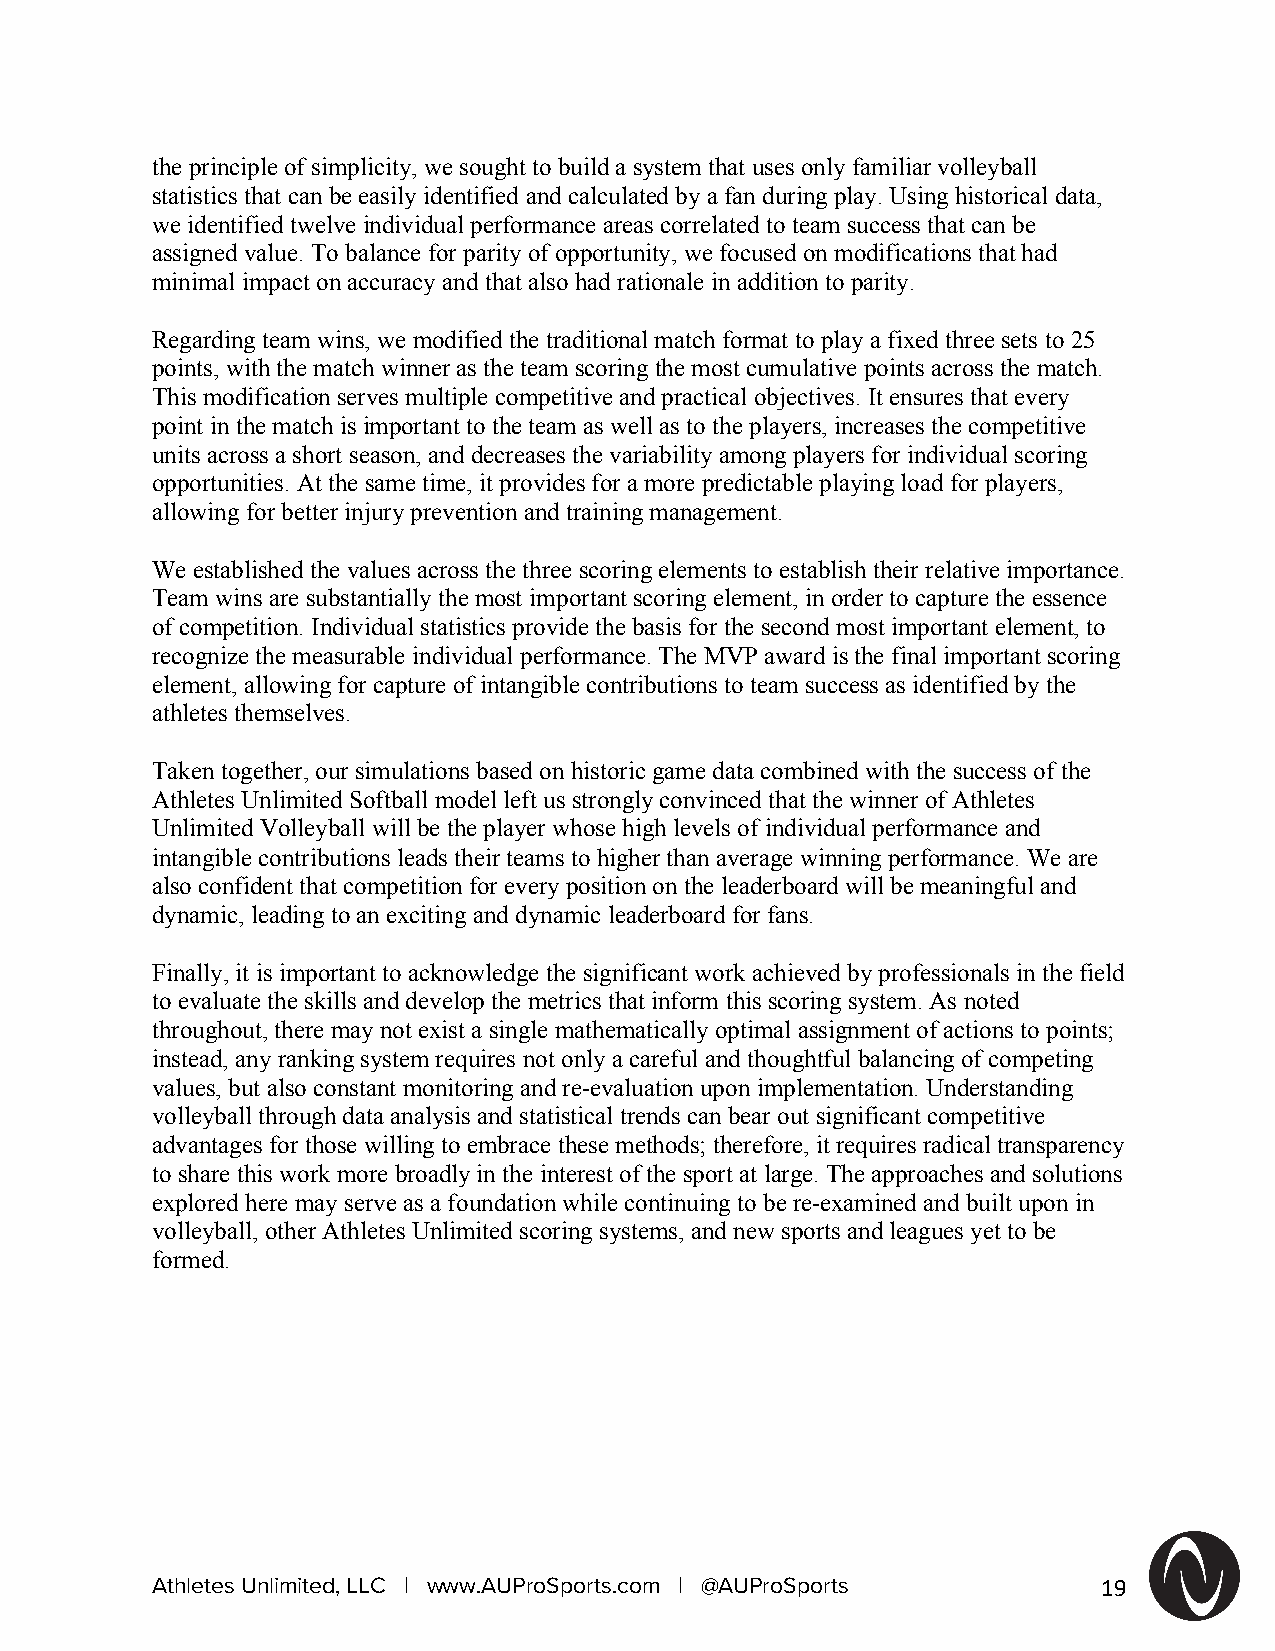
the principle of simplicity, we sought to build a system that uses only familiar volleyball
 statistics that can be easily identified and calculated by a fan during play. Using historical data,
 we identified twelve individual performance areas correlated to team success that can be
 assigned value. To balance for parity of opportunity, we focused on modifications that had
 minimal impact on accuracy and that also had rationale in addition to parity.
 Regarding team wins, we modified the traditional match format to play a fixed three sets to 25
 points, with the match winner as the team scoring the most cumulative points across the match.
 This modification serves multiple competitive and practical objectives. It ensures that every
 point in the match is important to the team as well as to the players, increases the competitive
 units across a short season, and decreases the variability among players for individual scoring
 opportunities. At the same time, it provides for a more predictable playing load for players,
 allowing for better injury prevention and training management.
 We established the values across the three scoring elements to establish their relative importance.
 Team wins are substantially the most important scoring element, in order to capture the essence
 of competition. Individual statistics provide the basis for the second most important element, to
 recognize the measurable individual performance. The MVP award is the final important scoring
 element, allowing for capture of intangible contributions to team success as identified by the
 athletes themselves.
 Taken together, our simulations based on historic game data combined with the success of the
 Athletes Unlimited Softball model left us strongly convinced that the winner of Athletes
 Unlimited Volleyball will be the player whose high levels of individual performance and
 intangible contributions leads their teams to higher than average winning performance. We are
 also confident that competition for every position on the leaderboard will be meaningful and
 dynamic, leading to an exciting and dynamic leaderboard for fans.
 Finally, it is important to acknowledge the significant work achieved by professionals in the field
 to evaluate the skills and develop the metrics that inform this scoring system. As noted
 throughout, there may not exist a single mathematically optimal assignment of actions to points;
 instead, any ranking system requires not only a careful and thoughtful balancing of competing
 values, but also constant monitoring and re-evaluation upon implementation. Understanding
 volleyball through data analysis and statistical trends can bear out significant competitive
 advantages for those willing to embrace these methods; therefore, it requires radical transparency
 to share this work more broadly in the interest of the sport at large. The approaches and solutions
 explored here may serve as a foundation while continuing to be re-examined and built upon in
 volleyball, other Athletes Unlimited scoring systems, and new sports and leagues yet to be
 formed.
 Athletes Unlimited, LLC | www.AUProSports.com | @AUProSports   19